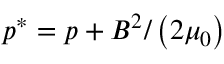
{ p ^ { * } } = p + { B ^ { 2 } } / \left( { 2 { \mu _ { 0 } } } \right)